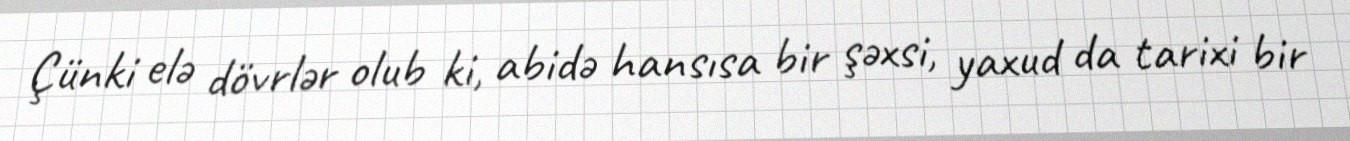
Çünki elə dövrlər olub ki, abidə hansısa bir şəxsi, yaxud da tarixi bir